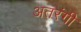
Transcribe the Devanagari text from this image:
अतरंगी